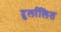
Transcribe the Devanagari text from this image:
दुर्लालित